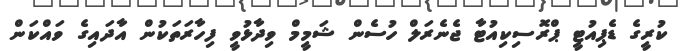
ކުރީގެ ޑެޕިއުޓީ ޕްރޮސިކިއުޓާ ޖެނެރަލް ހުސެން ޝަމީމް ވިދާޅުވީ ފިހާރަތަކުން އާދައިގެ ވައްކަން